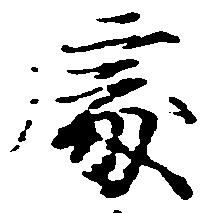
処